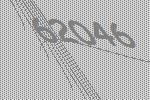
62046